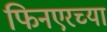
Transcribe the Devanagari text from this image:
फिनएरच्या